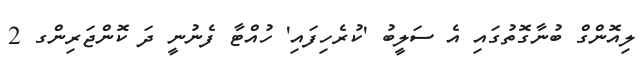
ލިއޮންގް ބުނާގޮތުގައި އެ ސަލީބު 'ކުރެހިފައި' ހުއްޓާ ފެނުނީ ދަ ކޮންޖަރިންގ 2